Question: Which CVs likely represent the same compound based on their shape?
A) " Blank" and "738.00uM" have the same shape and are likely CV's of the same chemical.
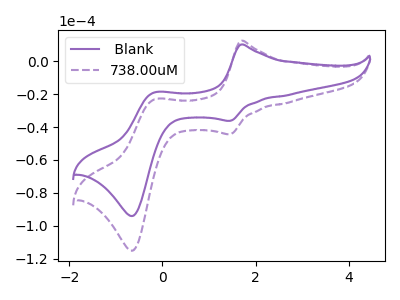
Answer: <think>The purple curve " Blank" has anodic peaks at (1.70V, 10.10uA) (-0.15V, -18.95uA) and cathodic peaks at (1.45V, -36.25uA) (-0.65V, -94.00uA). The purple dashed curve "738.00uM" has anodic peaks at (1.70V, 12.35uA) (-0.15V, -23.20uA) and cathodic peaks at (1.45V, -44.35uA) (-0.65V, -115.05uA).
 All the peaks in " Blank" have a peak in "738.00uM" at the same potential.</think>
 <answer>A) " Blank" and "738.00uM" have the same shape and are likely CV's of the same chemical.</answer>
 <eval>A</eval>